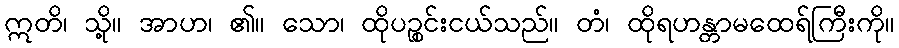
ဣတိ၊ သို့။ အာဟ၊ ၏။ သော၊ ထိုပဉ္စင်းငယ်သည်။ တံ၊ ထိုရဟန္တာမထေရ်ကြီးကို။